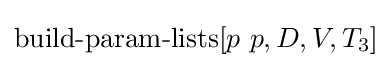
\operatorname {build-param-lists} [p\ p,D,V,T_{3}]